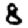
Digit: 8